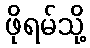
ဖိုရမ်သို့